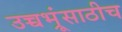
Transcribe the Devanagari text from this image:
उच्चभ्रूंसाठीच